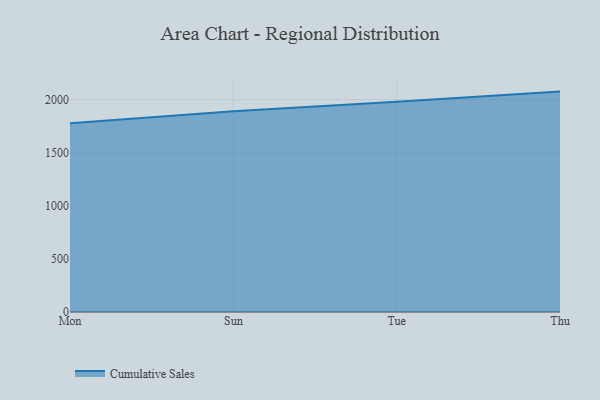
{"axis": {"x": "Day", "y": "Active Users"}, "legend": ["Cumulative Sales"], "data": [{"x": "Mon", "y": 1776.5, "type": "Cumulative Sales"}, {"x": "Sun", "y": 1890.6, "type": "Cumulative Sales"}, {"x": "Tue", "y": 1979.7, "type": "Cumulative Sales"}, {"x": "Thu", "y": 2075.4, "type": "Cumulative Sales"}]}